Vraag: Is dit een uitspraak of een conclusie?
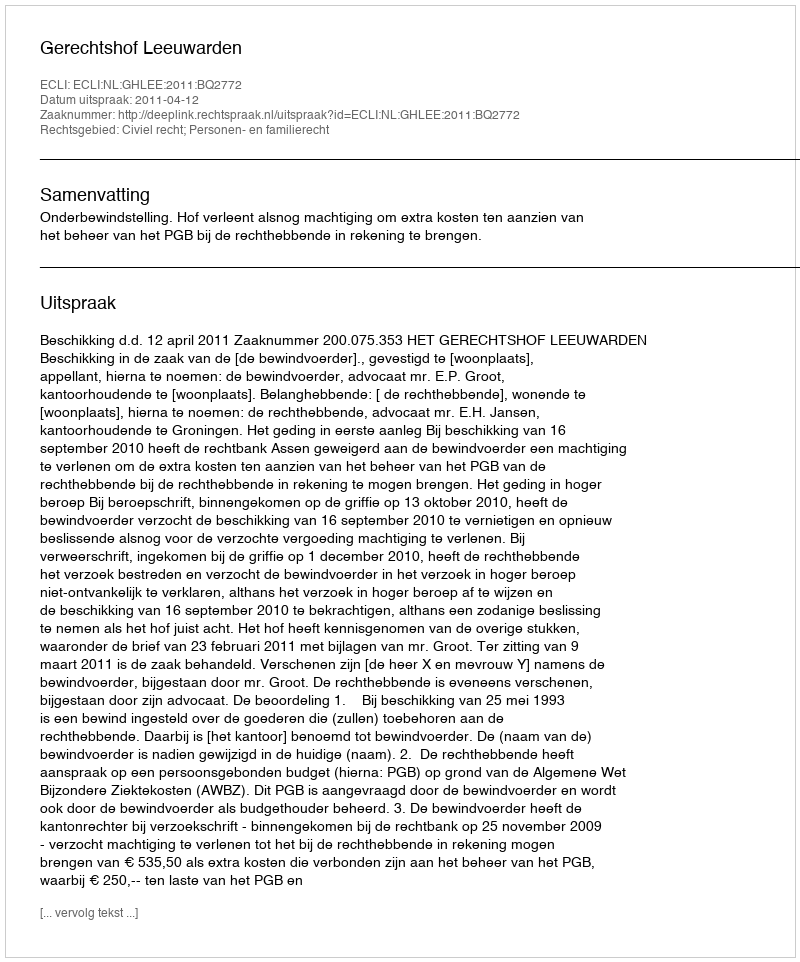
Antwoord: Uitspraak